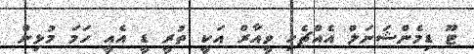
ޓޫ ޑިމެންޝަނަލް އެއްޗެހި ވީއާރް އަކީ ތުރީ ޑީ އެއީ ހަމަ މުޅިން